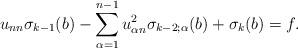
LaTeX: \begin{align*}u_{nn} \sigma_{k - 1} (b) - \sum_{\alpha = 1}^{n-1} u_{\alpha n}^2 \sigma_{k - 2; \alpha} (b) + \sigma_k (b) = f.\end{align*}